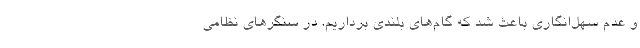
و عدم سهل‌انگاری باعث شد که گام‌های بلندی برداریم. در سنگرهای نظامی